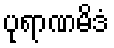
ပုရာဏမိဒံ